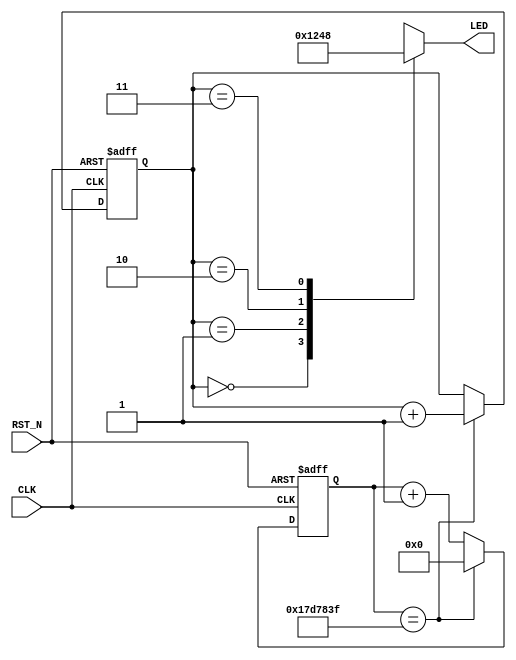
`timescale 1ns / 1ps
//////////////////////////////////////////////////////////////////////////////////
// Company: 
// Engineer: 
// 
// Design Name: 
// Module Name: LED_STREAM
// Project Name: 
// Target Devices: 
// Tool Versions: 
// Description: 
// 
// Dependencies: 
// 
// Revision:
// Revision 0.01 - File Created
// Additional Comments:
// 
//////////////////////////////////////////////////////////////////////////////////


module LED_STREAM(
    output reg [3:0] LED, // LED4 to LED1, 1 on, 0 off
    input CLK,            // FPGA PL clock, 50 MHz
    input RST_N           // FPGA reset pin
    );

reg [31:0] CNT;
reg [1:0] LED_ON_NUMBER;

//clock input 50000000
parameter CLOCK_FREQ =50000000;
parameter COUNTER_MAX_CNT=CLOCK_FREQ/2-1;//change time 0.5s

always @(posedge CLK, negedge RST_N) begin
    if(!RST_N)begin
        CNT <= 32'D0;
        LED_ON_NUMBER <= 2'd0;
    end
    else begin
        CNT <= CNT + 1'b1;
        if(CNT == COUNTER_MAX_CNT) begin
            CNT <= 32'd0;
            LED_ON_NUMBER <= LED_ON_NUMBER + 1'b1;
        end
    end
end    
    
always @(LED_ON_NUMBER) begin
	case(LED_ON_NUMBER)
		0: LED <= 4'b0001;
		1: LED <= 4'b0010;
		2: LED <= 4'b0100;
		3: LED <= 4'b1000;
		default : LED <= 4'b0000;
	endcase
end
endmodule